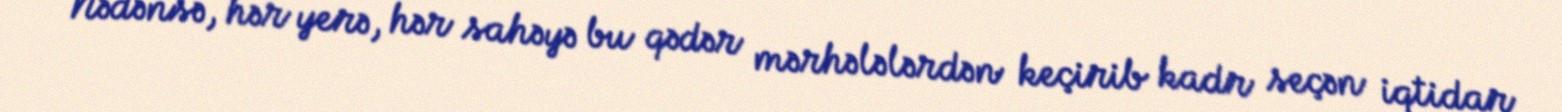
Nədənsə, hər yerə, hər sahəyə bu qədər mərhələlərdən keçirib kadr seçən iqtidar